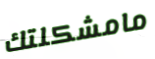
مامشكلتك